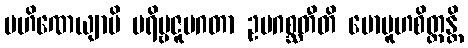
ပဟိဏေယျာမိ ပရိဗ္ဗဇူပဂတာ ဥပဂစ္ဆတီတိ မောမူဟစိတ္တန္တိ